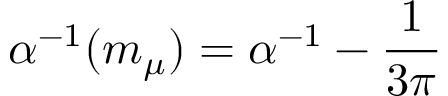
\alpha ^ { - 1 } ( { m _ { \mu } } ) = \alpha ^ { - 1 } - { \frac { 1 } { 3 \pi } }